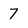
Character: 7